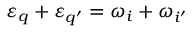
\varepsilon _ { q } + \varepsilon _ { q ^ { \prime } } = \omega _ { i } + \omega _ { i ^ { \prime } }